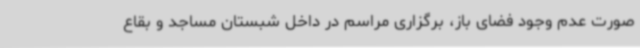
صورت عدم وجود فضای باز، برگزاری مراسم در داخل شبستان مساجد و بقاع